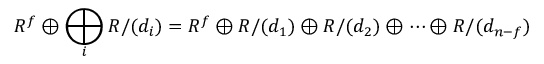
R ^ { f } \oplus \bigoplus _ { i } R / ( d _ { i } ) = R ^ { f } \oplus R / ( d _ { 1 } ) \oplus R / ( d _ { 2 } ) \oplus \cdots \oplus R / ( d _ { n - f } )